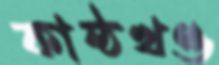
কাষ্ঠখণ্ড